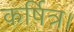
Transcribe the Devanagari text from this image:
कर्षित्र।